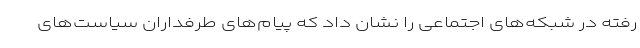
رفته در شبکه‌های اجتماعی را نشان داد که پیام‌های طرفداران سیاست‌های